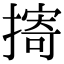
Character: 㨳